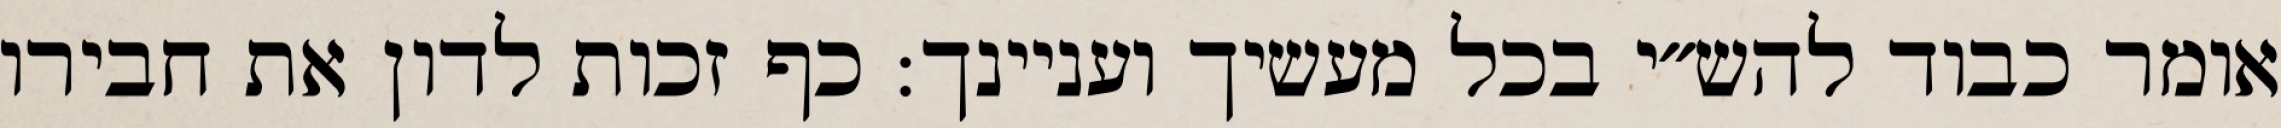
אומר כבוד להש״י בכל מעשיך ועניינך: כף זכות לדון את חבירו